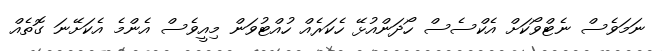
ނަމަވެސް ނެޓްވޯކަށް އެކްސެސް ހޯދަންއުޅޭ ހެކަރެއް ހުއްޓުވަން މިއީވެސް އެންމެ އެކަށޭނަ ގޮތެއް